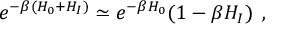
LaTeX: e ^ { - \beta ( H _ { 0 } + H _ { I } ) } \simeq e ^ { - \beta H _ { 0 } } ( 1 - \beta H _ { I } ) \; \, ,